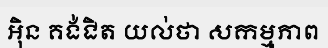
អ៊ិន គង់ជិត យល់ថា សកម្មភាព